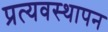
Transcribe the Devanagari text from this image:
प्रत्यवस्थापन